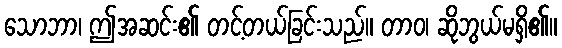
သောဘာ၊ ဤအဆင်း၏ တင့်တယ်ခြင်းသည်။ တာဝ၊ ဆိုဘွယ်မရှိ၏။